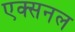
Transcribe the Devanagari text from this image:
एक्सनल